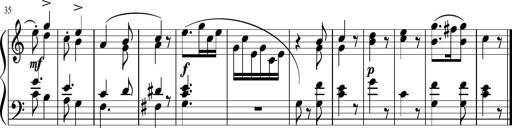
Title: 4 Sonatinas
Composer: Jacob Schmitt